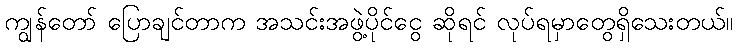
ကျွန်တော် ပြောချင်တာက အသင်းအဖွဲ့ပိုင်ငွေ ဆိုရင် လုပ်ရမှာတွေရှိသေးတယ်။